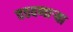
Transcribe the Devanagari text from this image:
वठवणार्‍या